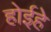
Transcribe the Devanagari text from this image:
होईहे